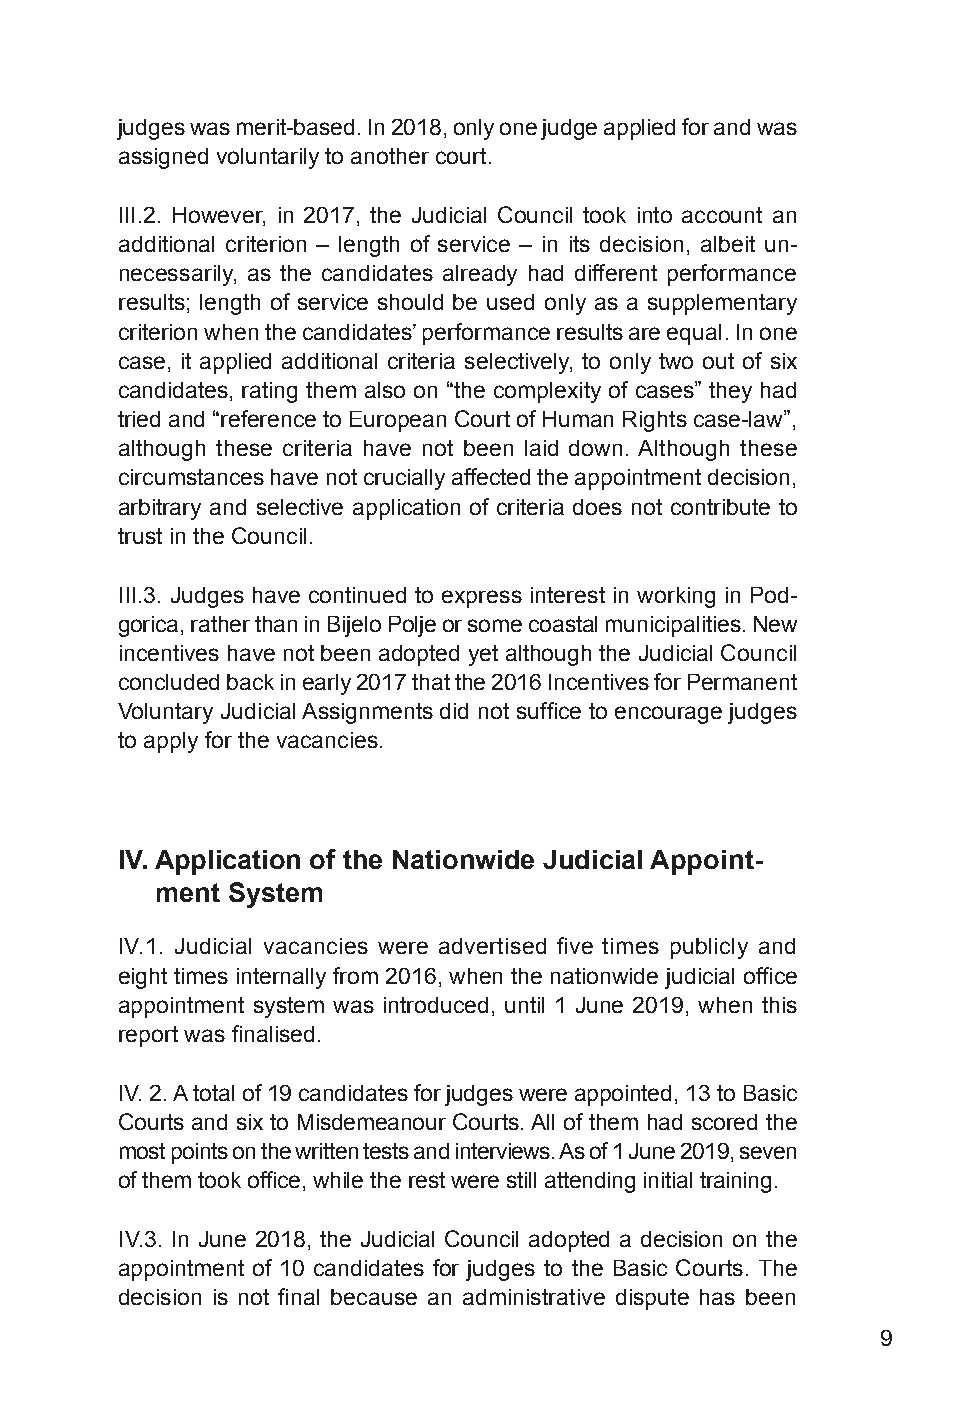
judges was merit-based. In 2018, only one judge applied for and was
 assigned voluntarily to another court.
 III.2. However, in 2017, the Judicial Council took into account an
 additional criterion – length of service – in its decision, albeit un-
 necessarily, as the candidates already had different performance
 results; length of service should be used only as a supplementary
 criterion when the candidates’ performance results are equal. In one
 case, it applied additional criteria selectively, to only two out of six
 candidates, rating them also on “the complexity of cases” they had
 tried and “reference to European Court of Human Rights case-law”,
 although these criteria have not been laid down. Although these
 circumstances have not crucially affected the appointment decision,
 arbitrary and selective application of criteria does not contribute to
 trust in the Council.
 III.3. Judges have continued to express interest in working in Pod-
 gorica, rather than in Bijelo Polje or some coastal municipalities. New
 incentives have not been adopted yet although the Judicial Council
 concluded back in early 2017 that the 2016 Incentives for Permanent
 Voluntary Judicial Assignments did not suffice to encourage judges
 to apply for the vacancies.
 IV. Application of the Nationwide Judicial Appoint-
 ment System
 IV.1. Judicial vacancies were advertised five times publicly and
 eight times internally from 2016, when the nationwide judicial office
 appointment system was introduced, until 1 June 2019, when this
 report was finalised.
 IV. 2. A total of 19 candidates for judges were appointed, 13 to Basic
 Courts and six to Misdemeanour Courts. All of them had scored the
 most points on the written tests and interviews. As of 1 June 2019, seven
 of them took office, while the rest were still attending initial training.
 IV.3. In June 2018, the Judicial Council adopted a decision on the
 appointment of 10 candidates for judges to the Basic Courts. The
 decision is not final because an administrative dispute has been
 9